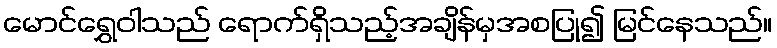
မောင်ရွှေဝါသည် ရောက်ရှိသည့်အချိန်မှအစပြု၍ မြင်နေသည်။